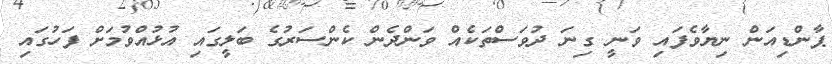
ޕާންޑިއަން ނިޔާވެފައި ވަނީ ގިނަ ދުވަސްތަކެއް ވަންދެން ކެންސަރުގެ ބަލީގައި އުޅުއްވުމަށް ފަހުގައި